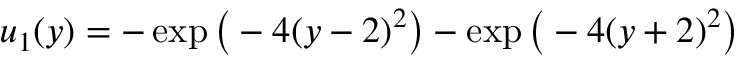
u _ { 1 } ( y ) = - \exp \big ( - 4 ( y - 2 ) ^ { 2 } \big ) - \exp \big ( - 4 ( y + 2 ) ^ { 2 } \big )